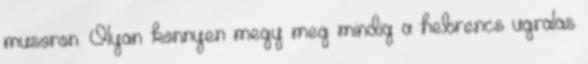
musoron. Olyan konnyen megy meg mindig a hebrencs ugralas